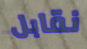
نقابل